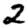
Digit: 2